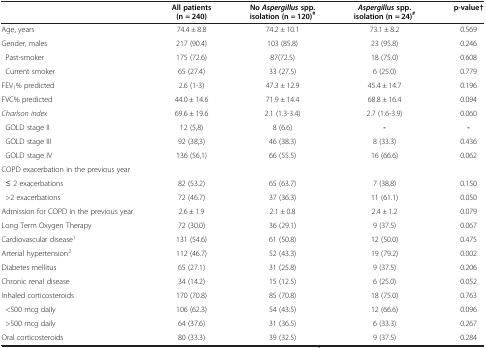
<table><thead><tr><td><b> </b></td><td><b>All patients (n = 240)</b></td><td><b>No <i>Aspergillus </i>spp. isolation (n = 120)<sup>#</sup></b></td><td><b><i>Aspergillus </i>spp. isolation (n = 24)<sup>#</sup></b></td><td><b>p-value†</b></td></tr></thead><tbody><tr><td>Age, years</td><td>74.4 ± 8.8</td><td>74.2 ± 10.1</td><td>73.1 ± 8.2</td><td>0.569</td></tr><tr><td>Gender, males</td><td>217 (90.4)</td><td>103 (85.8)</td><td>23 (95.8)</td><td>0.246</td></tr><tr><td> Past-smoker</td><td>175 (72.6)</td><td>87(72.5)</td><td>18 (75.0)</td><td>0.608</td></tr><tr><td> Current smoker</td><td>65 (27.4)</td><td>33 (27.5)</td><td>6 (25.0)</td><td>0.779</td></tr><tr><td>FEV<sub>1</sub>% predicted</td><td>2.6 (1-3)</td><td>47.3 ± 12.9</td><td>45.4 ± 14.7</td><td>0.196</td></tr><tr><td>FVC% predicted</td><td>44.0 ± 14.6</td><td>71.9 ± 14.4</td><td>68.8 ± 16.4</td><td>0.094</td></tr><tr><td><i>Charlson index</i></td><td>69.6 ± 19.6</td><td>2.1 (1.3-3.4)</td><td>2.7 (1.6-3.9)</td><td>0.060</td></tr><tr><td> GOLD stage II</td><td>12 (5,8)</td><td>8 (6.6)</td><td><b>-</b></td><td><b>-</b></td></tr><tr><td> GOLD stage III</td><td>92 (38,3)</td><td>46 (38.3)</td><td>8 (33.3)</td><td>0.436</td></tr><tr><td> GOLD stage IV</td><td>136 (56,1)</td><td>66 (55.5)</td><td>16 (66.6)</td><td>0.062</td></tr><tr><td>COPD exacerbation in the previous year</td><td> </td><td> </td><td> </td><td> </td></tr><tr><td> ≤ 2 exacerbations</td><td>82 (53.2)</td><td>65 (63.7)</td><td>7 (38.8)</td><td>0.150</td></tr><tr><td> &gt;2 exacerbations</td><td>72 (46.7)</td><td>37 (36.3)</td><td>11 (61.1)</td><td>0.050</td></tr><tr><td>Admission for COPD in the previous year</td><td>2.6 ± 1.9</td><td>2.1 ± 0.8</td><td>2.4 ± 1.2</td><td>0.079</td></tr><tr><td>Long Term Oxygen Therapy</td><td>72 (30.0)</td><td>36 (29.1)</td><td>9 (37.5)</td><td>0.067</td></tr><tr><td>Cardiovascular disease<sup>1</sup></td><td>131 (54.6)</td><td>61 (50.8)</td><td>12 (50.0)</td><td>0.475</td></tr><tr><td>Arterial hypertension<sup>2</sup></td><td>112 (46.7)</td><td>52 (43.3)</td><td>19 (79.2)</td><td>0.002</td></tr><tr><td>Diabetes mellitus</td><td>65 (27.1)</td><td>31 (25.8)</td><td>9 (37.5)</td><td>0.206</td></tr><tr><td>Chronic renal disease</td><td>34 (14.2)</td><td>15 (12.5)</td><td>6 (25.0)</td><td>0.052</td></tr><tr><td>Inhaled corticosteroids</td><td>170 (70.8)</td><td>85 (70.8)</td><td>18 (75.0)</td><td>0.763</td></tr><tr><td> &lt;500 mcg daily</td><td>106 (62.3)</td><td>54 (43.5)</td><td>12 (66.6)</td><td>0.096</td></tr><tr><td> &gt;500 mcg daily</td><td>64 (37.6)</td><td>31 (36.5)</td><td>6 (33.3)</td><td>0.267</td></tr><tr><td>Oral corticosteroids</td><td>80 (33.3)</td><td>39 (32.5)</td><td>9 (37.5)</td><td>0.284</td></tr></tbody></table>